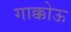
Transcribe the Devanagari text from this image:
गाक्कोऊ